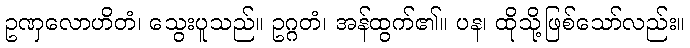
ဥဏှလောဟိတံ၊ သွေးပူသည်။ ဥဂ္ဂတံ၊ အန်ထွက်၏။ ပန၊ ထိုသို့ဖြစ်သော်လည်း။